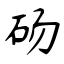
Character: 砀